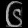
Digit: ၆